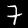
Digit: 7